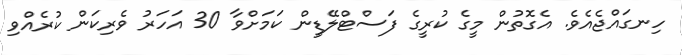
ހިނގައްޖެއެވެ. އެގޮތުން މީގެ ކުރީގެ ފަސްޓްލޭޑީން ކަމަށްވާ 30 އަހަރު ވެރިކަން ކުރެއްވި